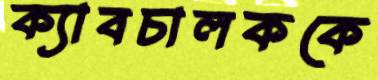
ক্যাবচালককে